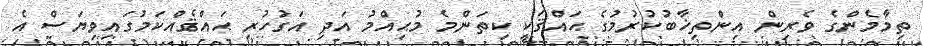
ތިމާމެންގެ ވެރިން އިންތިޚާބުކުރުމުގެ ޙައްޤަކީ ކިތަންމެ މުޙިއްމު އަދި އަގުހުރި ޙައްޤެއްކަމުގައިވިޔަސް އެ